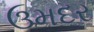
ઉમદર